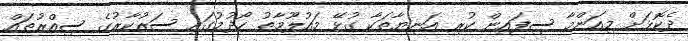
ދެކޮޅަށް މިއަންމާ ސިފައިން ކުރި އަނިޔާތަކާ ގުޅޭ މައުލޫމާތު ހޯދުމުގައި ސަރުކާރުގެ ސިއްރުތައް